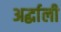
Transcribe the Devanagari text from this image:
अर्द्धाली